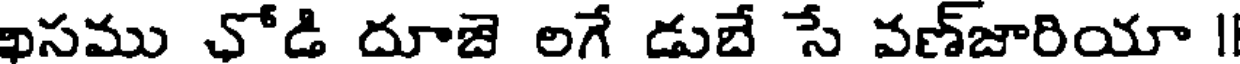
ఖసము ఛోడి దూజె లగే డుబే సే వణ్జారియా |